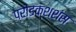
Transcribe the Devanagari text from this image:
प्रोडक्शशंस